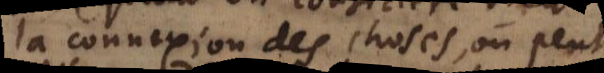
la connexion des choses, on peut